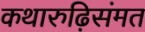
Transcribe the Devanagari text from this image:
कथारुढ़िसंमत